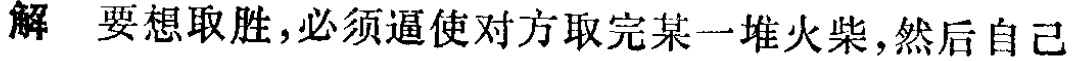
解 要想取胜,必须逼使对方取完某一堆火柴,然后自己